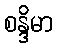
စန္ဒိမာ